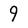
Character: 9